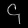
Digit: ၄